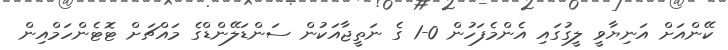
ކޭންއަށް އަނިޔާވީ ލީގުގައި އެންމެފަހުން 0-1 ގެ ނަތީޖާއަކުން ސަންޑަލޭންޑްގެ މައްޗަށް ޓޮޓެންހަމްއިން